Rules and regulations of the two years' vernacular class
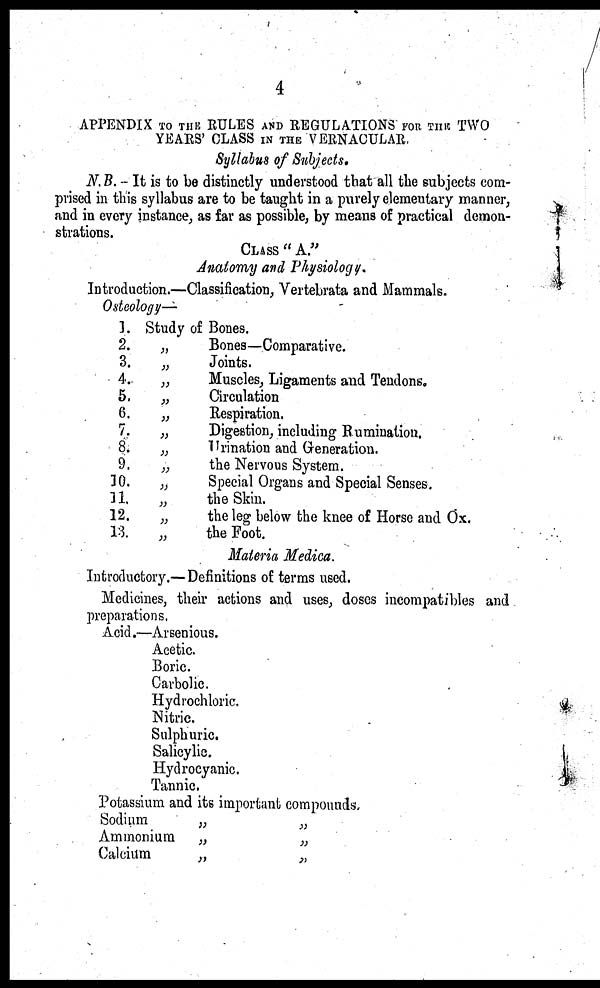
4
APPENDIX TO THE RULES AND REGULATIONS FOR THE TWO
YEARS' CLASS IN THE VERNACULAR.
Syllabus of Subjects.
N. B. - It is to be distinctly understood that all the subjects com-
prised in this syllabus are to be taught in a purely elementary manner,
and in every instance, as far as possible, by means of practical demon-
strations.
CLASS "A."
Anatomy and Physiology.
Introduction.—Classification, Vertebrata and Mammals.
Osteology—
1.
2.
3.
4.
5.
6.
7.
8.
9.
10.
11.
12.
13.
Study
„
„
„
„
„
„
„
„
„
„
„
„
of Bones.
Bones—Comparative.
Joints.
Muscles, Ligaments and Tendons.
Circulation
Respiration.
Digestion, including Rumination,
Urination and Generation.
the Nervous System.
Special Organs and Special Senses.
the Skin.
the leg below the knee of Horse and Ox.
the Foot.
Materia Medica.
Introductory.—Definitions of terms used.
Medicines, their actions and uses, doses incompatibles and
preparations.
Acid.—Arsenious.
Acetic.
Boric.
Carbolic.
Hydrochloric.
Nitric.
Sulphuric.
Salicylic.
Hydrocyanic.
Tannic.
Potassium and its important compounds.
Sodium
„
„
Ammonium
„
„
Calcium
„
„